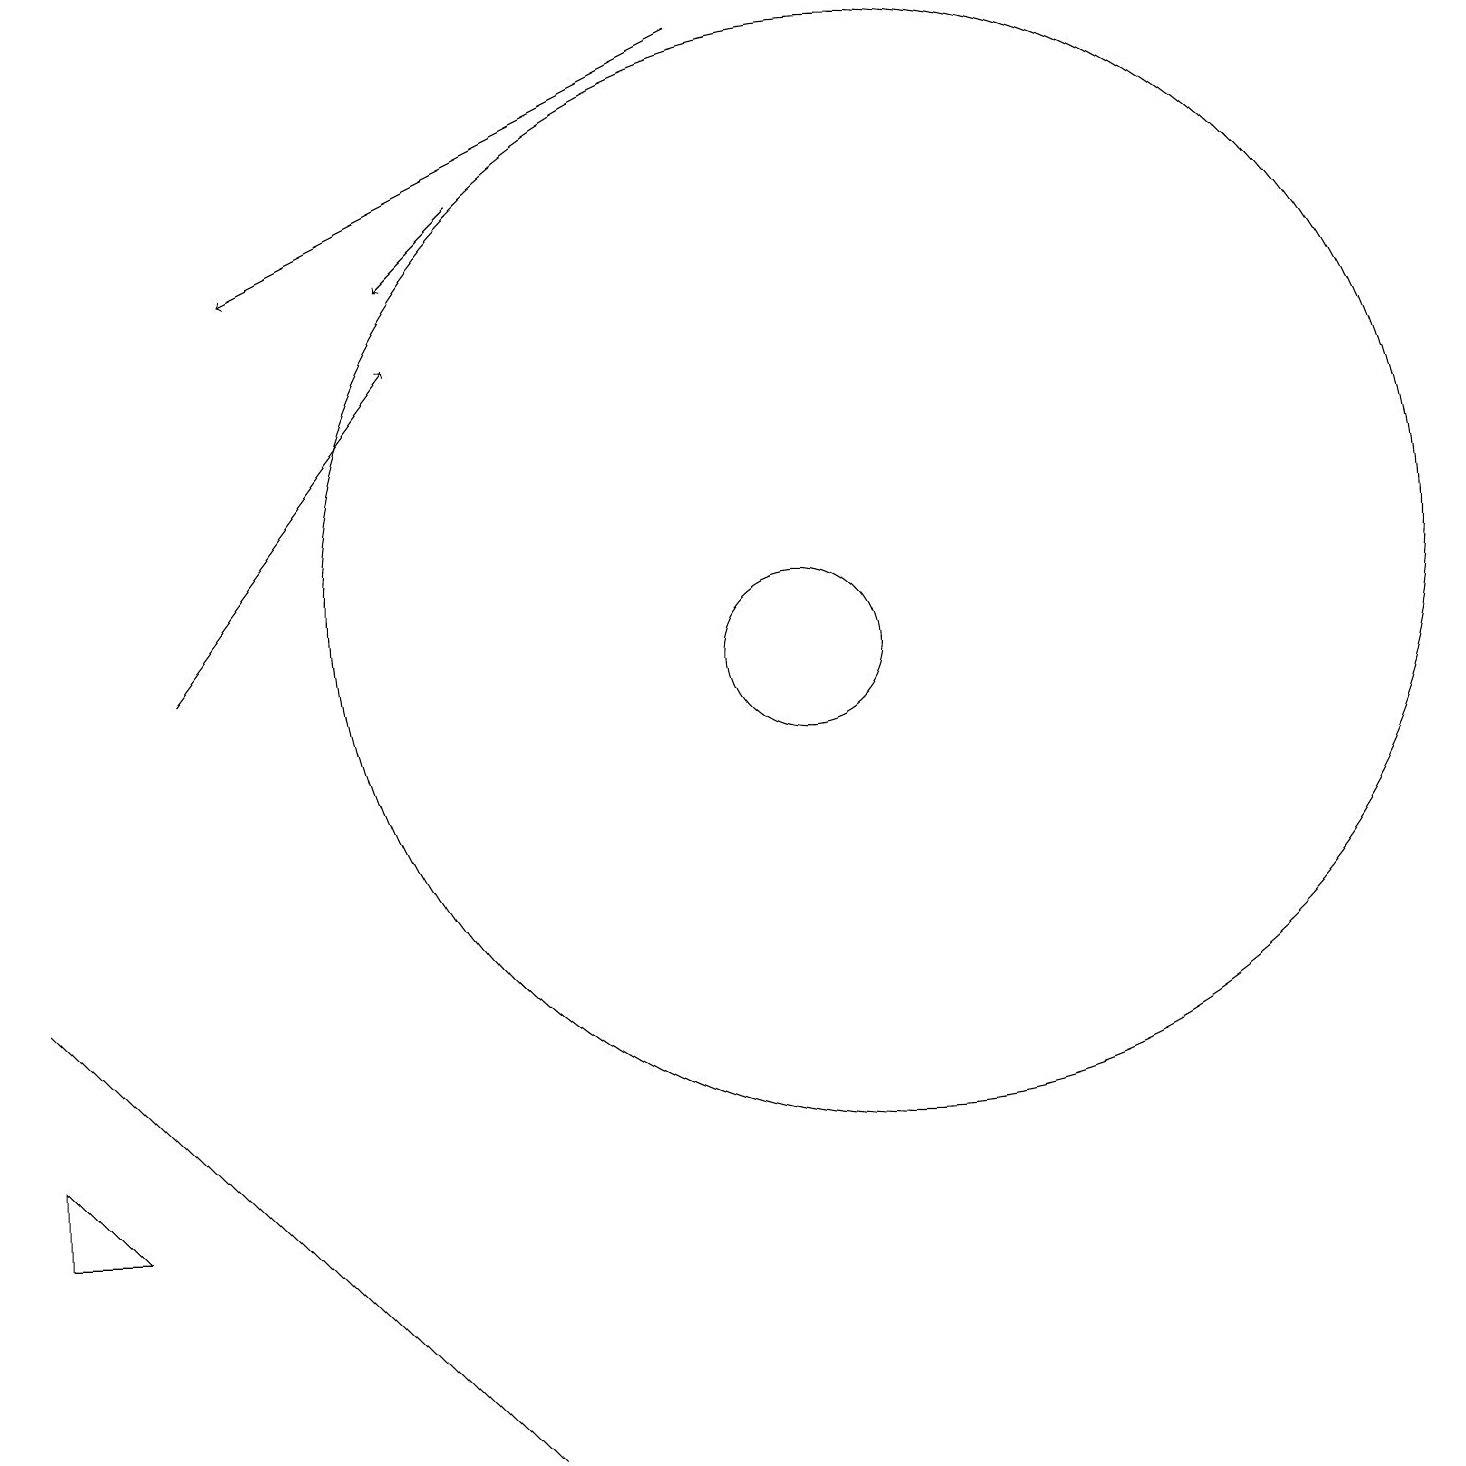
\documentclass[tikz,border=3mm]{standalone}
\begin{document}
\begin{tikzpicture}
\draw[->] (6,17) -- (5,16);
\draw (11,12) circle (7);
\draw (0,7) -- (0,7) -- (6,1) -- cycle;
\draw (10,11) circle (1);
\draw (0,4) -- (1,4) -- (0,5) -- cycle;
\draw[->] (9,19) -- (3,16);
\draw[->] (2,11) -- (5,15);
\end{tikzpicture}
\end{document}